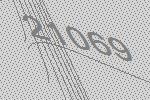
21069